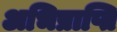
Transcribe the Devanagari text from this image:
अभिप्राप्ति